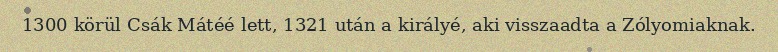
1300 körül Csák Mátéé lett, 1321 után a királyé, aki visszaadta a Zólyomiaknak.